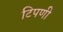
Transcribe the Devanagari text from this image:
टिपणी